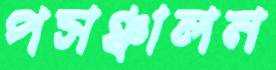
পসঞ্চালন